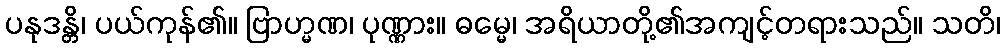
ပနုဒန္တိ၊ ပယ်ကုန်၏။ ဗြာဟ္မဏ၊ ပုဏ္ဏား။ ဓမ္မေ၊ အရိယာတို့၏အကျင့်တရားသည်။ သတိ၊